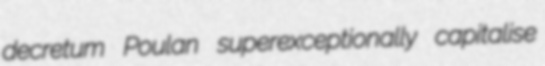
decretum Poulan superexceptionally capitalise